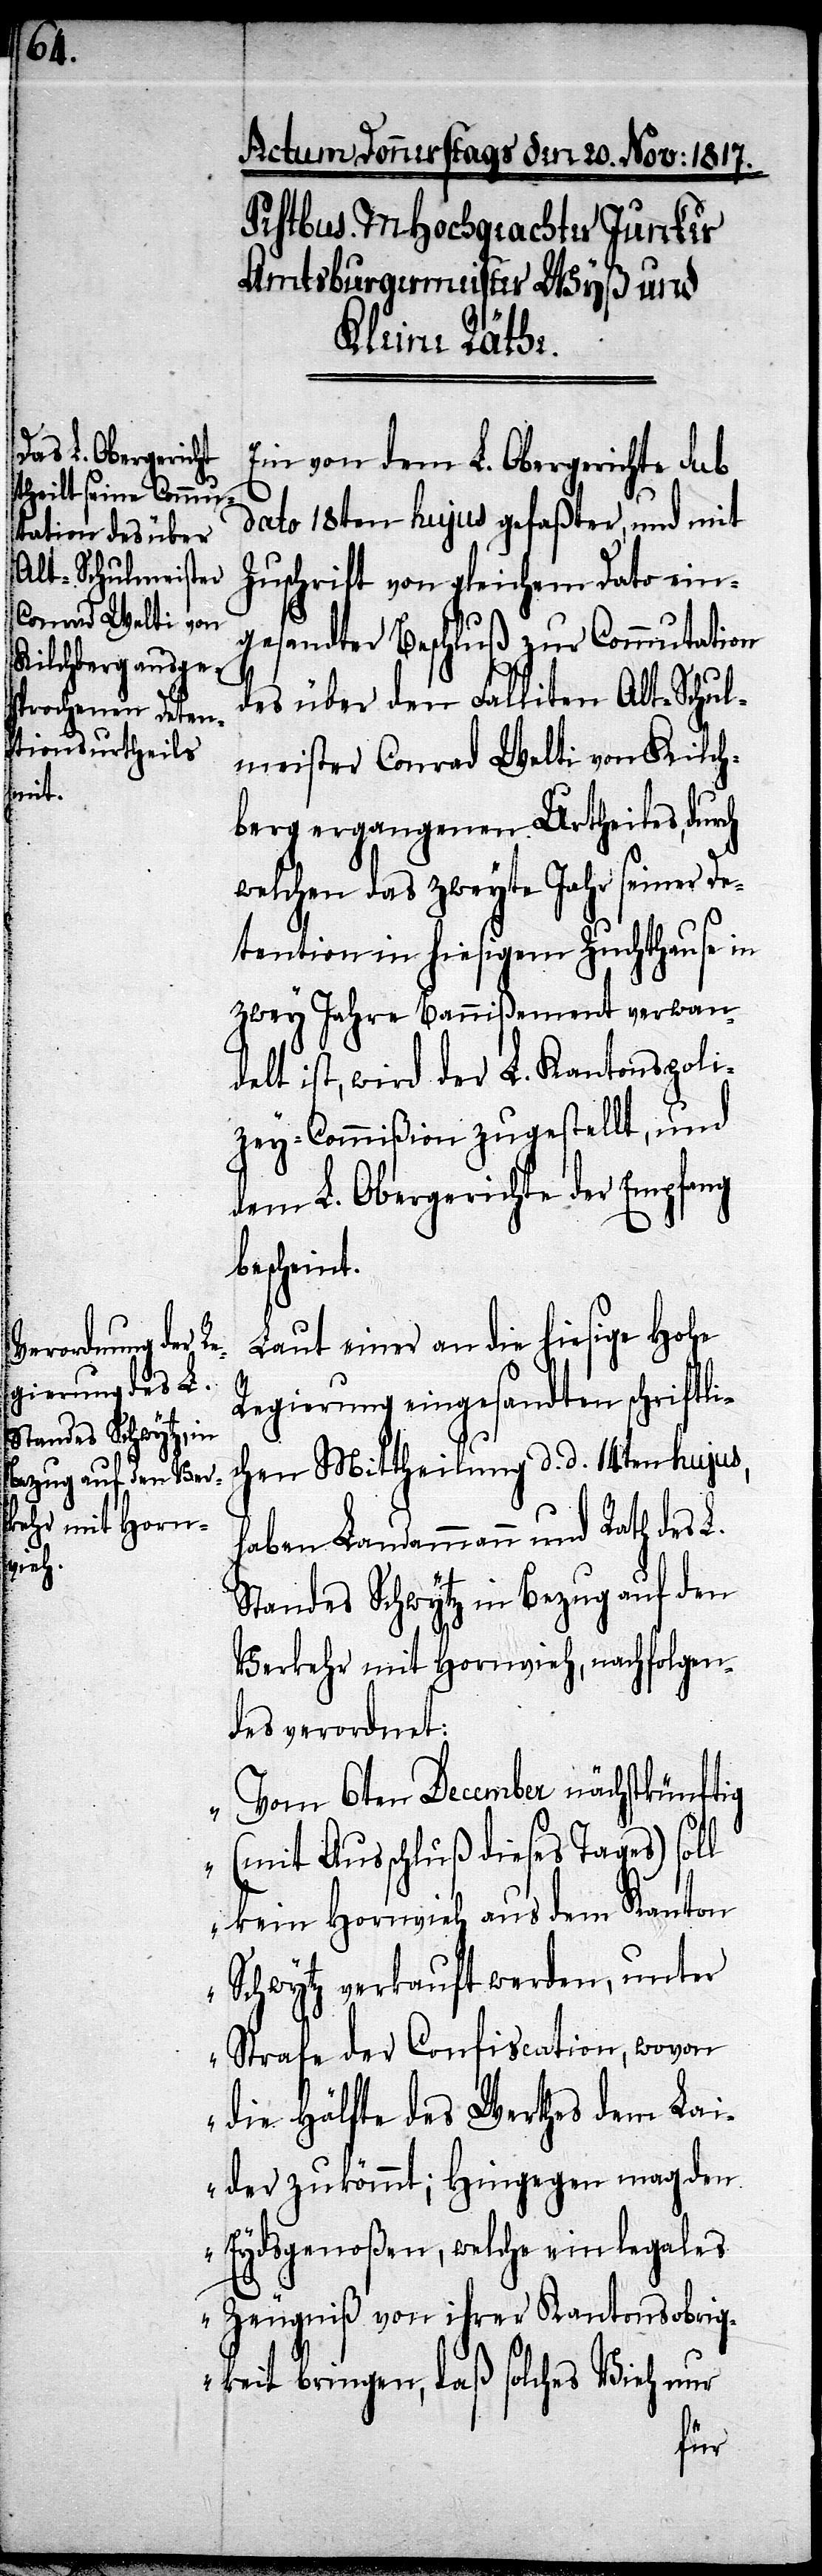
Ein von dem L. Obergerichte sub
dato 18ten hujus gefaßter, und mit
Zuschrift von gleichem Dato ein¬
gesandter Beschluß zur Commutation
des über den Falliten Alt-Schul¬
meister Conrad Welti von Kilch¬
berg ergangenen Urtheils, durch
welchen das zweyte Jahr seiner De¬
tention in hiesigem Zuchthause in
zwey Jahre Banißement verwan¬
delt ist, wird der L. Kantons-Poli¬
zey-Commißion zugestellt, und
dem L. Obergerichte der Empfang
beschein¬
Laut einer an die hiesige Hohe
Regierung eingesandten schriftlic¬
hen Mittheilung d. d. 14ten hujus,
haben Landammann und Rath des L.
Standes Schwytz in Bezug auf den
Verkehr mit Hornvieh, nachfolgen¬
des verordnet:
„Vom 6ten December nächstkünftig
t.
(mit Ausschluß dieses Tages) soll
kein Hornvieh aus dem Kanton
Schwytz verkauft werden, unter
Strafe der Confiscation, wovon
die Hälfte des Werthes dem Lai¬
der zukömmt; Hingegen mag den
Eydsgenoßen, welche ein legales
Zeugniß von ihrer Kantonsobrig¬
keit bringen, daß solches Vieh nur